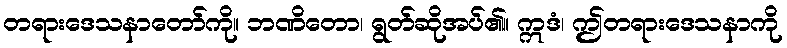
တရားဒေသနာတော်ကို။ ဘဏိတော၊ ရွတ်ဆိုအပ်၏။ ဣဒံ၊ ဤတရားဒေသနာကို